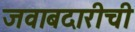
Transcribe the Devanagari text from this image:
जवाबदारीची